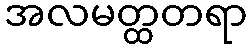
အလမတ္ထတရာ